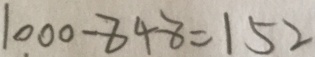
1 0 0 0 - 8 4 8 = 1 5 2